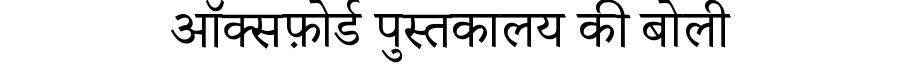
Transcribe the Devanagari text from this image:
ऑक्सफ़ोर्ड पुस्तकालय की बोली